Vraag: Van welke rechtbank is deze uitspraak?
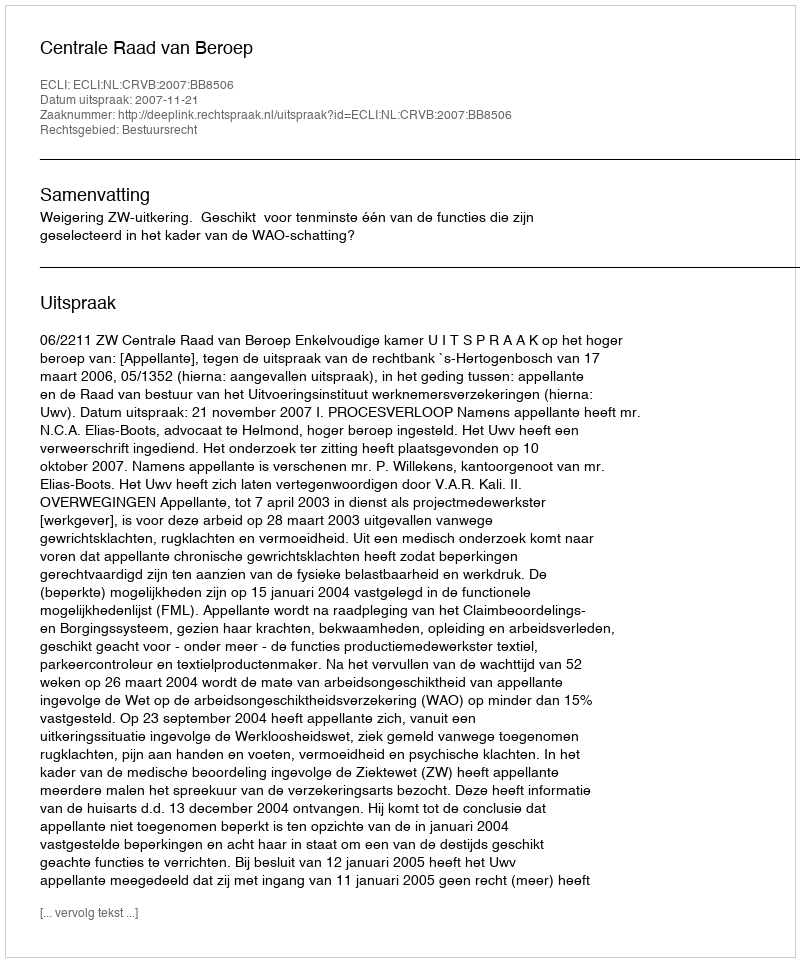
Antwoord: Centrale Raad van Beroep